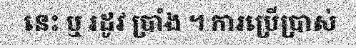
នេះ ឬ រដូវ ប្រាំង ។ ការប្រើប្រាស់